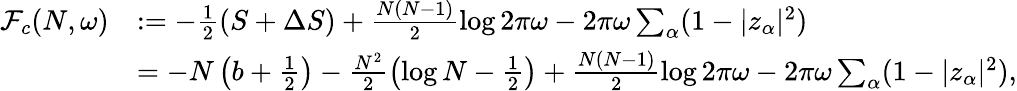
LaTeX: \begin{array}{rl}{\mathcal F_{c}(N,\omega)}&{:=-\frac{1}{2}\left(S+\Delta S\right)+\frac{N(N-1)}{2}\log 2\pi\omega-2\pi\omega\sum_{\alpha}(1-|z_{\alpha}|^{2})}\\ &{=-N\left(b+\frac{1}{2}\right)-\frac{N^{2}}{2}\left(\log N-\frac{1}{2}\right)+\frac{N(N-1)}{2}\log 2\pi\omega-2\pi\omega\sum_{\alpha}(1-|z_{\alpha}|^{2}),}\end{array}